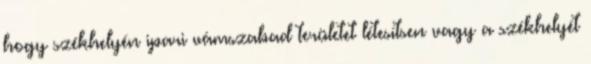
hogy székhelyén ipari vámszabad területet létesítsen vagy a székhelyét